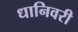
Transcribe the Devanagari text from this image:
धानिवरी